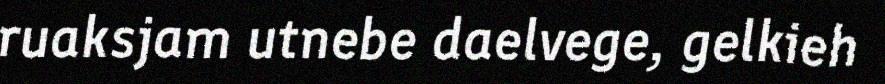
ruaksjam utnebe daelvege, gelkieh